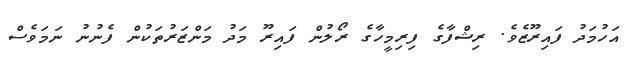
އަހުމަދު ފައިރޫޒެވެ. ރިޝްފާގެ ފިރިމީހާގެ ރޯލުން ފައިރޫ މަދު މަންޒަރުތަކުން ފެނުނު ނަމަވެސް